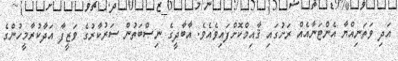
އަދި ވަތަނިއްޔާ އެންޓަނާއެއް ރަށުގައި ޤާއިމްކޮށްފައިވެއެވެ. އާބާދީގެ ނިޞްބަތުން ސަރުކާރުގެ ވަޒީފާ އަދާކުރާމީހުންގެ